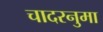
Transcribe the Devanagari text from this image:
चादरनुमा